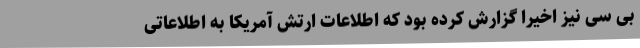
بی سی نیز اخیرا گزارش کرده بود که اطلاعات ارتش آمریکا به اطلاعاتی